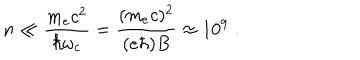
LaTeX: n \ll \frac { m _ { e } c ^ { 2 } } { \hbar \omega _ { c } } = \frac { ( m _ { e } c ) ^ { 2 } } { ( e \hbar ) B } \approx 1 0 ^ { 9 } \; .